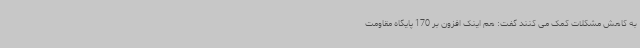
به کاهش مشکلات کمک می کنند گفت: هم اینک افزون بر 170 پایگاه مقاومت